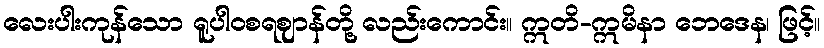
လေးပါးကုန်သော ရူပါဝစရဈာန်တို့ လည်းကောင်း။ ဣတိ-ဣမိနာ ဘေဒေန၊ ဖြင့်။